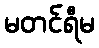
မတင်ရီမ